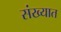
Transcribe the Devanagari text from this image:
संख्यात